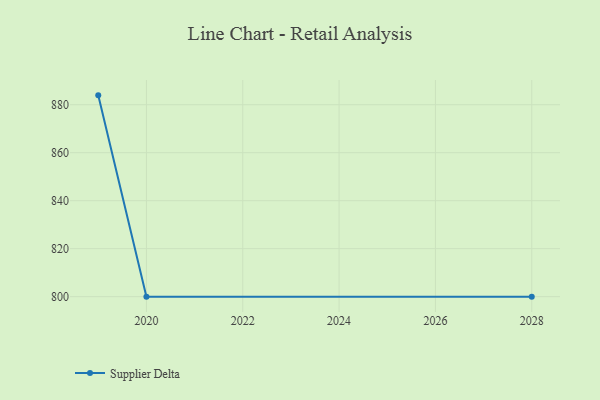
{"axis": {"x": "Year", "y": "Page Views"}, "legend": ["Supplier Delta"], "data": [{"x": "2019", "y": 883.9, "type": "Supplier Delta"}, {"x": "2020", "y": 800, "type": "Supplier Delta"}, {"x": "2028", "y": 800, "type": "Supplier Delta"}]}